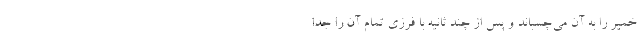
خمير را به آن مي‌چسباند و پس از چند ثانيه با فرزي تمام آن را جدا